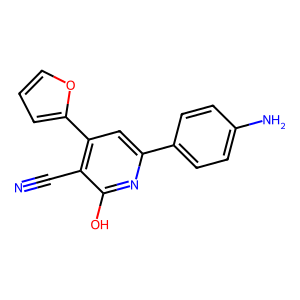
SMILES: N#Cc1c(-c2ccco2)cc(-c2ccc(N)cc2)nc1O
Inhibits HIV replication: No